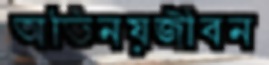
অভিনয়জীবন